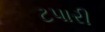
ટપારી